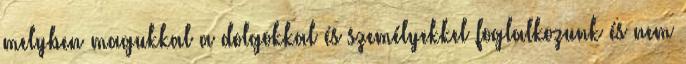
melyben magukkal a dolgokkal és személyekkel foglalkozunk és nem